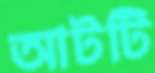
আটটি